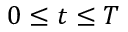
0 \le t \le T